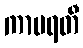
ကာမရတီ